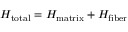
H _ { \mathrm { t o t a l } } = H _ { \mathrm { m a t r i x } } + H _ { \mathrm { f i b e r } }